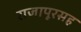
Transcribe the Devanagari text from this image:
राजापूरसह